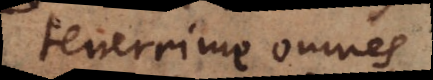
tenerrime omnes